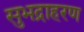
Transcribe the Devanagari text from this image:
सुभद्राहरण